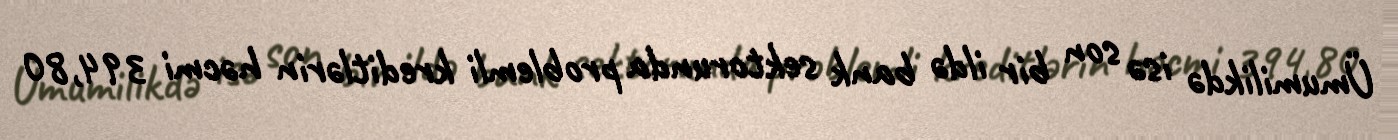
Ümumilikdə isə son bir ildə bank sektorunda problemli kreditlərin həcmi 394,80